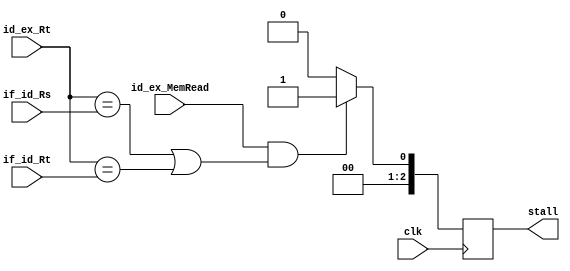
`timescale 1ns / 1ps



module stalling_unit(
	input clk, id_ex_MemRead,
	input [4:0] if_id_Rs, if_id_Rt, id_ex_Rt,
	output reg [2:0] stall
	);
	
	always@ (posedge clk) begin
		if(id_ex_MemRead & ((id_ex_Rt == if_id_Rs) | (id_ex_Rt == if_id_Rt)))
			stall <= 1;
		else
			stall <= 0;
	end
	
	
	
endmodule